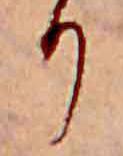
り